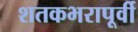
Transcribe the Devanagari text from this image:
शतकभरापूर्वी